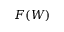
F ( W )